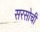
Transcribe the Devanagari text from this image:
सरसोची